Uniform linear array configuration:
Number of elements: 64
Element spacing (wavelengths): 0.75
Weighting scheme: kaiser
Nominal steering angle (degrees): -30
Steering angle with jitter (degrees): -30.727
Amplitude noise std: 0.05
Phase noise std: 0.05

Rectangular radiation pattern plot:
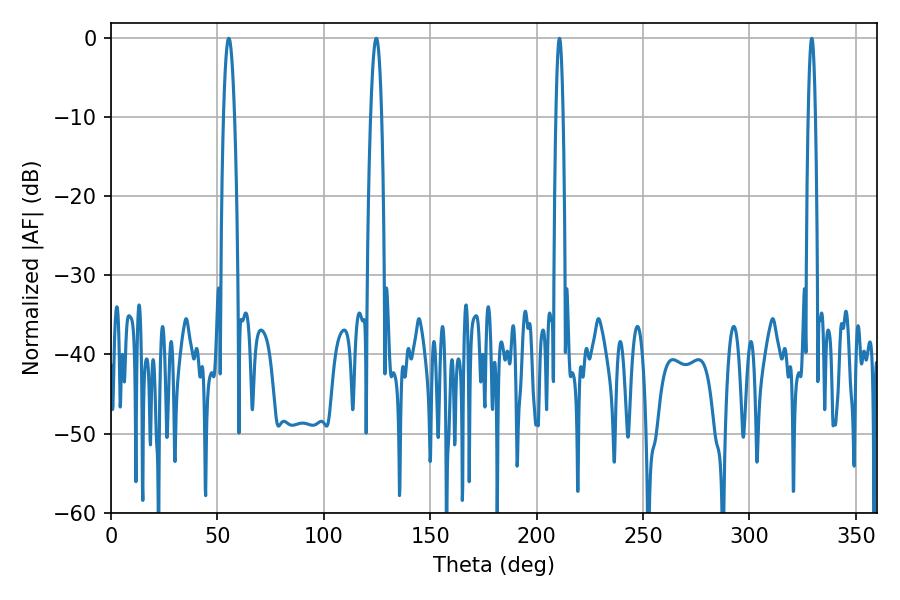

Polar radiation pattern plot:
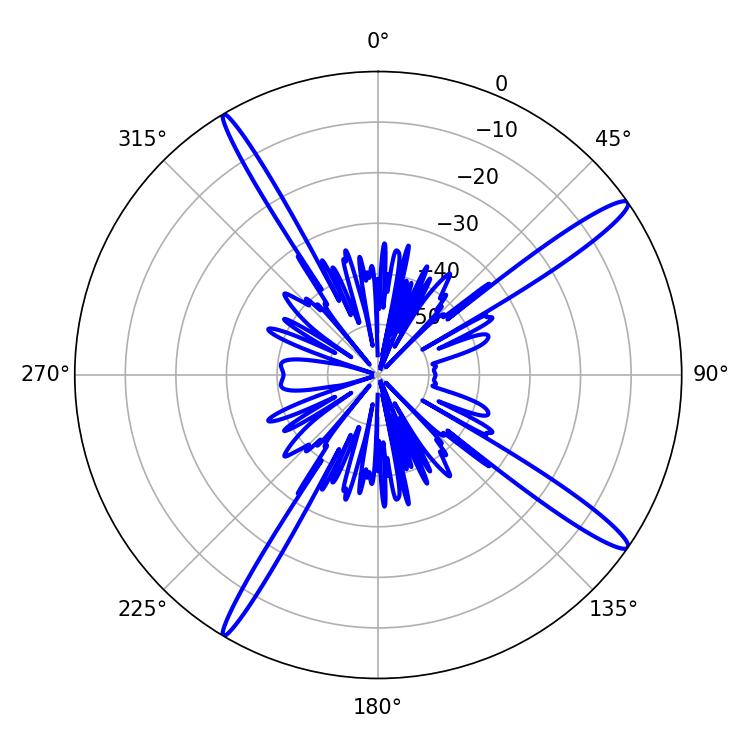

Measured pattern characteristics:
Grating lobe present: TRUE
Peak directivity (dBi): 15.783
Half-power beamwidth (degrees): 2.7
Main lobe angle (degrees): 55.26